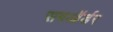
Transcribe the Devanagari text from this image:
सबऑर्डर